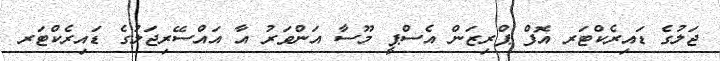
ޖަލުގެ ޑައިރެކްޓަރ އޮފް ޕްރިޒަން އެސްޕީ މޫސާ އަންވަރު އާ އައްސޭރިޖަލުގެ ޑައިރެކްޓަރ